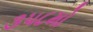
૩૫૮મો